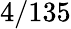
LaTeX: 4/135